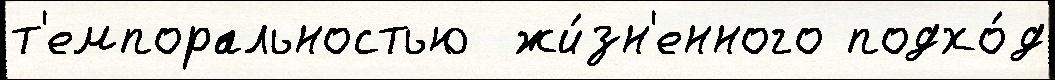
т'емпоральностью  жи́зн'енного подхо́д